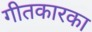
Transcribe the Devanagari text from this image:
गीतकारका